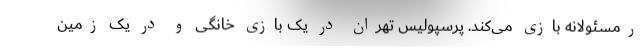
رمسئولانه بازی می‌کند. پرسپولیس تهران در یک بازی خانگی و در یک زمین